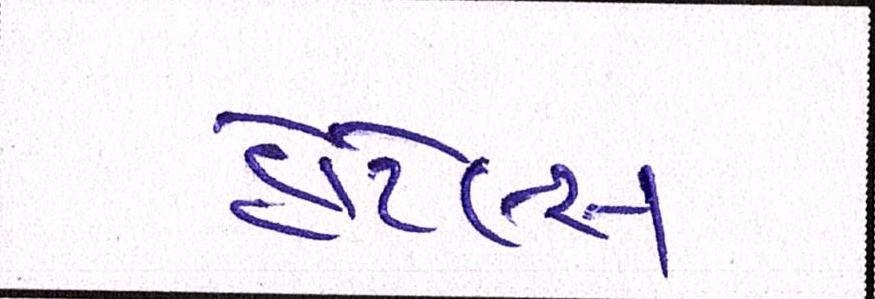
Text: હોટેલ્સ